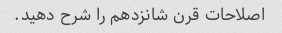
اصلاحات قرن شانزدهم را شرح دهید.